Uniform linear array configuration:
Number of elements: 48
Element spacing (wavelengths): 0.75
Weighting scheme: hann
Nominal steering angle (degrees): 45
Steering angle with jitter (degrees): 46.877
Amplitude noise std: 0.05
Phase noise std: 0.05

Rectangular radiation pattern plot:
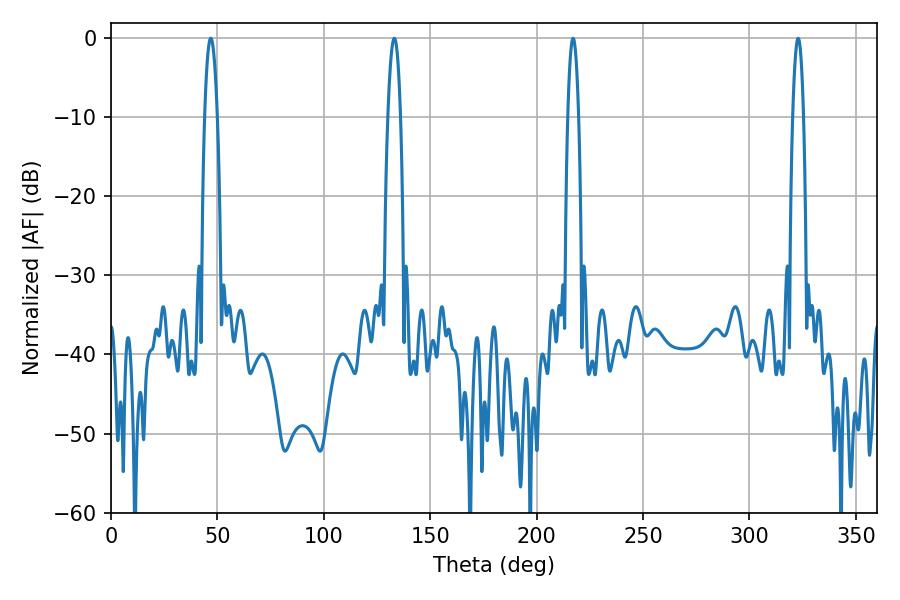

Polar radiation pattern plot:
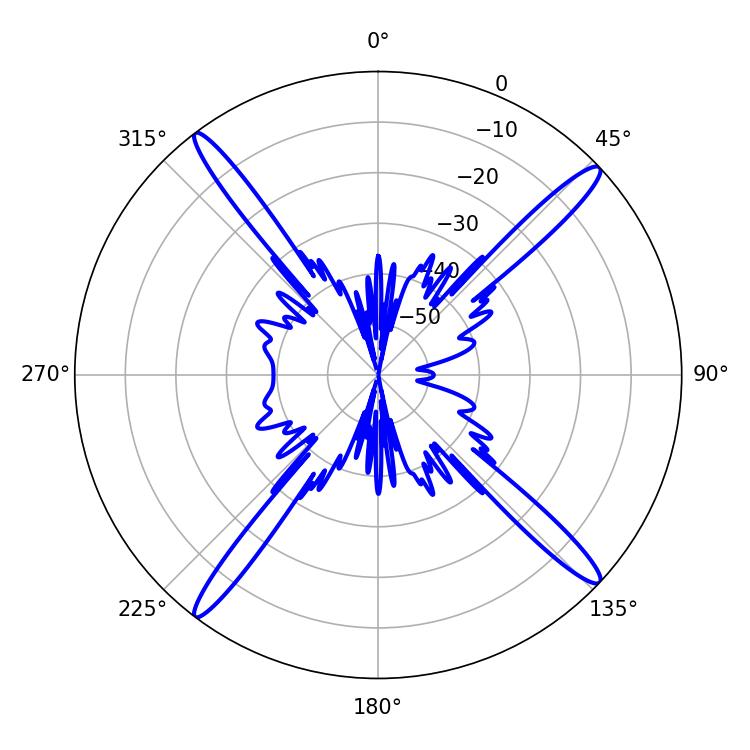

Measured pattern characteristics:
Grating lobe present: TRUE
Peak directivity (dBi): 18.777
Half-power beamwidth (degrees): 2.7
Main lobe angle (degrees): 217.08